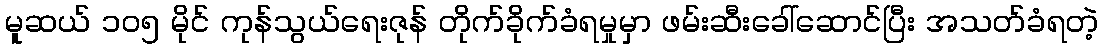
မူဆယ် ၁၀၅ မိုင် ကုန်သွယ်ရေးဇုန် တိုက်ခိုက်ခံရမှုမှာ ဖမ်းဆီးခေါ်ဆောင်ပြီး အသတ်ခံရတဲ့